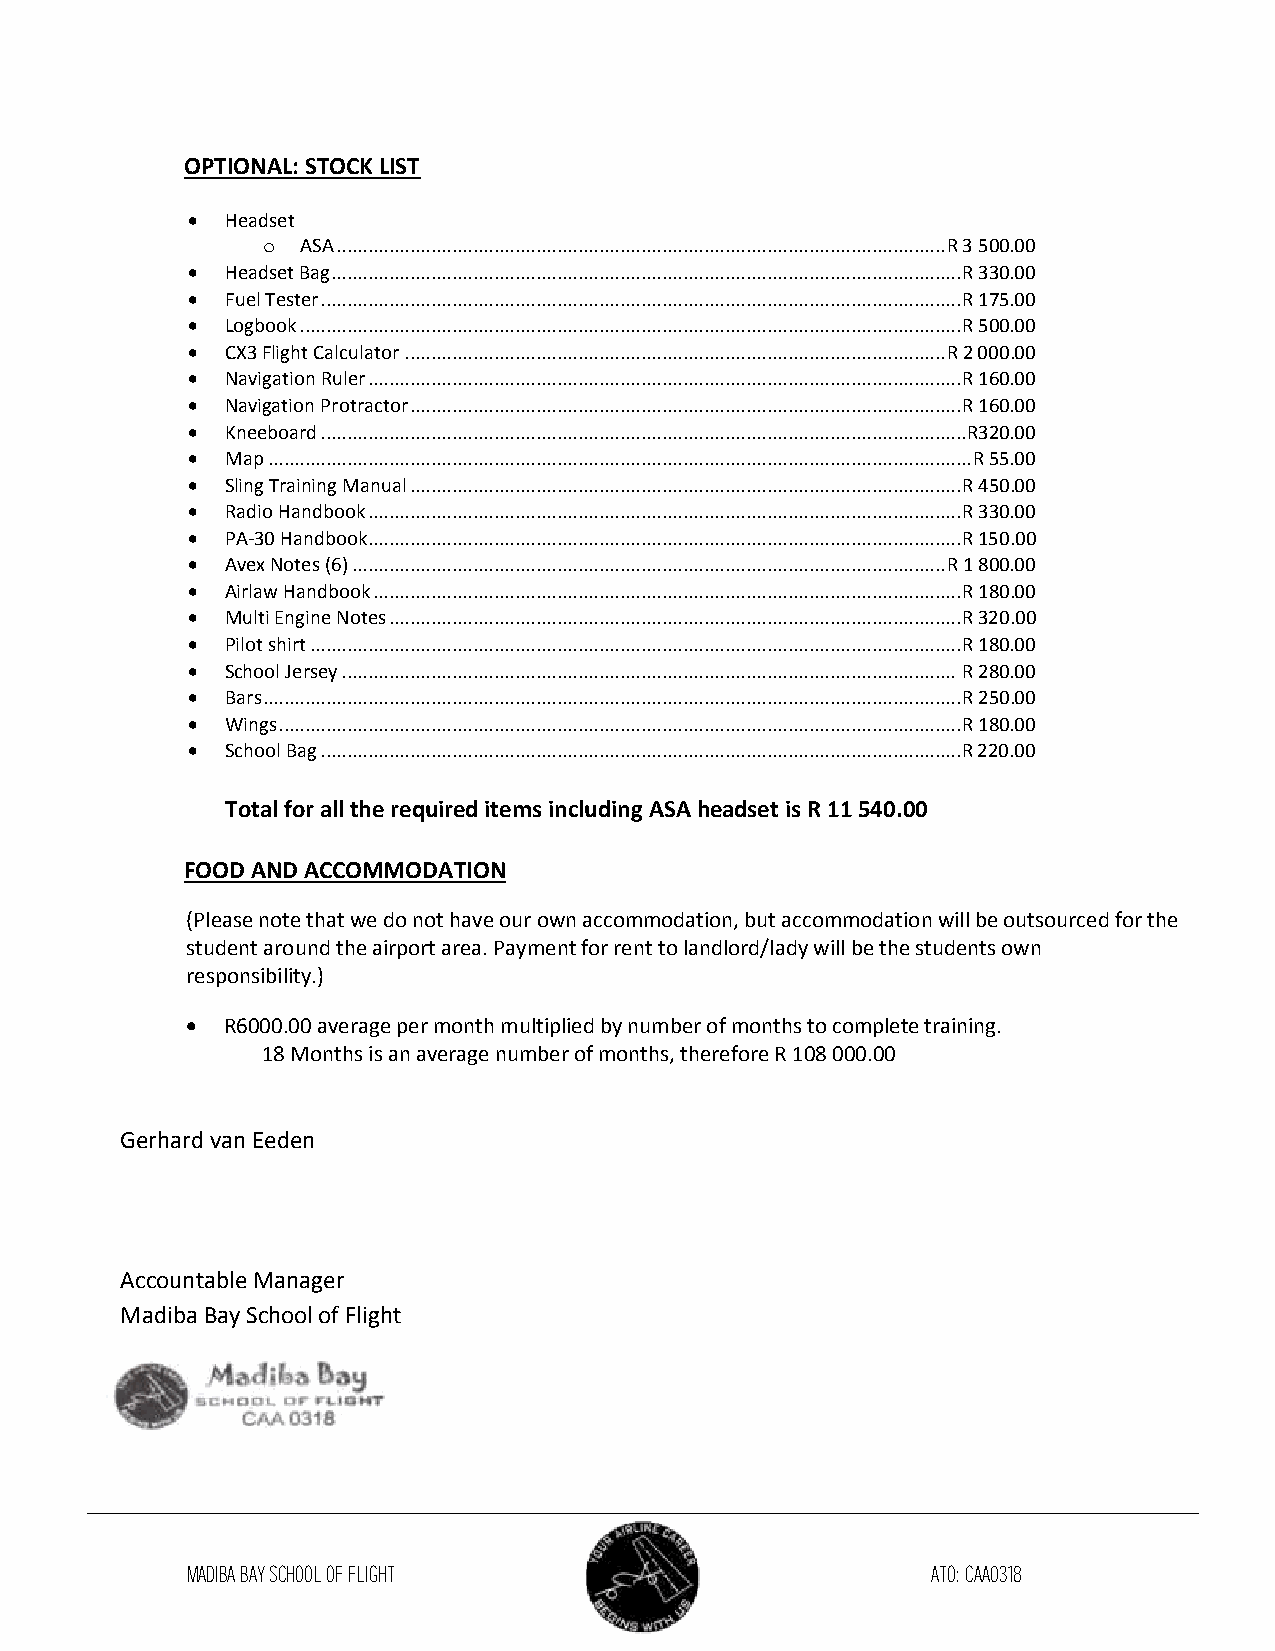
OPTIONAL: STOCK LIST
   Headset
 o  ASA .................................................................................................................... R 3 500.00
   Headset Bag ........................................................................................................................ R 330.00
   Fuel Tester .......................................................................................................................... R 175.00
   Logbook .............................................................................................................................. R 500.00
   CX3 Flight Calculator ....................................................................................................... R 2 000.00
   Navigation Ruler ................................................................................................................. R 160.00
   Navigation Protractor ......................................................................................................... R 160.00
   Kneeboard ........................................................................................................................... R320.00
   Map ...................................................................................................................................... R 55.00
   Sling Training Manual ......................................................................................................... R 450.00
   Radio Handbook ................................................................................................................. R 330.00
   PA-30 Handbook ................................................................................................................. R 150.00
   Avex Notes (6) ................................................................................................................. R 1 800.00
   Airlaw Handbook ................................................................................................................ R 180.00
   Multi Engine Notes ............................................................................................................. R 320.00
   Pilot shirt ............................................................................................................................ R 180.00
   School Jersey ..................................................................................................................... R 280.00
   Bars ..................................................................................................................................... R 250.00
   Wings .................................................................................................................................. R 180.00
   School Bag .......................................................................................................................... R 220.00
 Total for all the required items including ASA headset is R 11 540.00
 FOOD AND ACCOMMODATION
 (Please note that we do not have our own accommodation, but accommodation will be outsourced for the
 student around the airport area. Payment for rent to landlord/lady will be the students own
 responsibility.)
   R6000.00 average per month multiplied by number of months to complete training.
 18 Months is an average number of months, therefore R 108 000.00
 Gerhard van Eeden
 Accountable Manager
 Madiba Bay School of Flight
 MADIBA BAY SCHOOL OF FLIGHT                       ATO: CAA0318